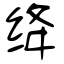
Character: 绛